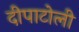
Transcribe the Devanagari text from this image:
दीपाटोली